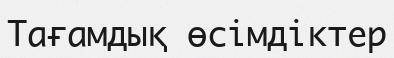
Тағамдық өсімдіктер